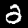
Label: 2